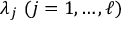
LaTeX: \lambda _ { j } \ ( j = 1 , \ldots , \ell )